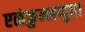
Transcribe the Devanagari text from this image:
एळंकुन्नप्पुष़ा